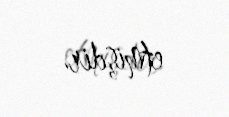
etmişdir.